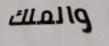
والملك